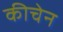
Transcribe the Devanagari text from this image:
कीचेन